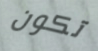
تكون